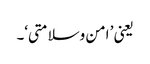
یعنی ’ امن وسلامتی‘۔